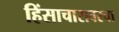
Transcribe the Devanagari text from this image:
हिंसाचारावरचा